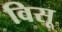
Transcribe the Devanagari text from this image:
विसू